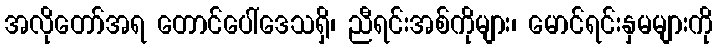
အလိုတော်အရ တောင်ပေါ်ဒေသရှိ၊ ညီရင်းအစ်ကိုများ၊ မောင်ရင်းနှမများကို